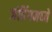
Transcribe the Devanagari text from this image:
जंपिंगमध्ये